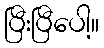
ပြီးပြီပေါ့။